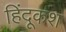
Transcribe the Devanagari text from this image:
हिंदूकश